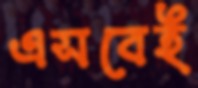
এসবেই